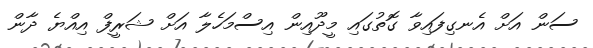
ސަން އަށް އެނގިފައިވާ ގޮތުގައި މީދޫއިން އިސްމަހެލާ އަށް ޝަރީފް އިއްޔެ ދާން